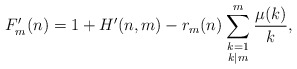
\begin{align*}F'_m (n) = 1 + H'(n,m) - r_m(n) \sum_{\begin{smallmatrix}k=1\\k|m\end{smallmatrix}}^m \frac{\mu(k)}{k},\end{align*}